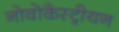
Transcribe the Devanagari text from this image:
नोवोकैस्ट्रीयन